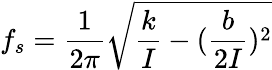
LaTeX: f_{s}=\frac{1}{2\pi}\sqrt{\frac{k}{I}-(\frac{b}{2I})^{2}}